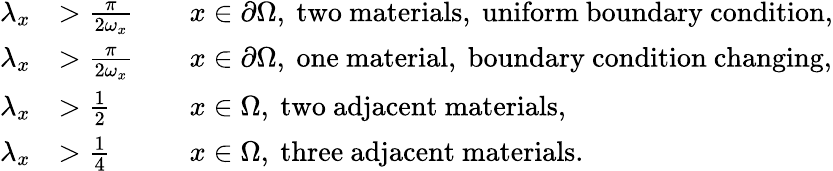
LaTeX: \begin{array}{rlrl}{\lambda_{x}}&{>\frac{\pi}{2\omega_{x}}}&&{x\in\partial\Omega,\mathrm{~two~materials,~uniform~boundary~condition},}\\ {\lambda_{x}}&{>\frac{\pi}{2\omega_{x}}}&&{x\in\partial\Omega,\mathrm{~one~material,~boundary~condition~changing},}\\ {\lambda_{x}}&{>\frac{1}{2}}&&{x\in\Omega,\mathrm{~two~adjacent~materials},}\\ {\lambda_{x}}&{>\frac{1}{4}}&&{x\in\Omega,\mathrm{~three~adjacent~materials}.}\end{array}